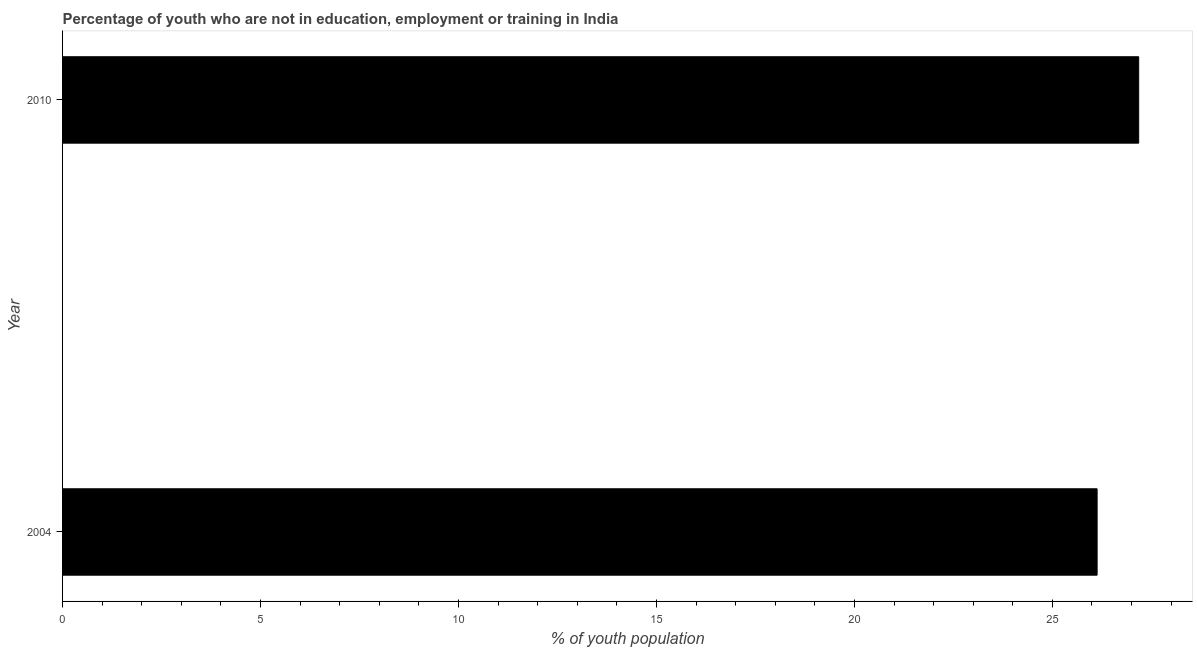
| Year | Unemployed youth |
 | --- | --- |
 | 2004 | 26.1 |
 | 2010 | 27.2 |